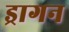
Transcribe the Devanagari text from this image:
ड्रागन